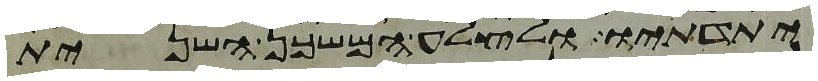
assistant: יתדתיו ולצלע המשכן השנית